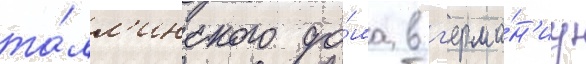
та́лл'инского до́ма в г'ерма́н'иу